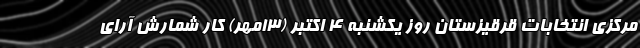
مرکزی انتخابات قرقیزستان روز یکشنبه ۴ اکتبر (۱۳مهر) کار شمارش آرای